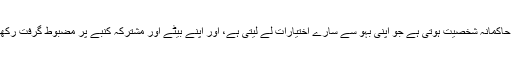
اس کی حاکمانہ شخصیت ہوتی ہے جو اپنی بہو سے سارے اختیارات لے لیتی ہے، اور اپنے بیٹے اور مشترکہ کنبے پر مضبوط گرفت رکھتی ہے۔